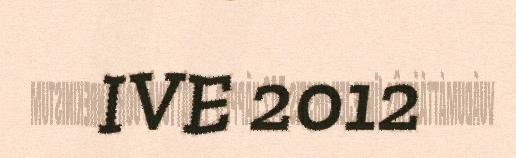
IVE 2012